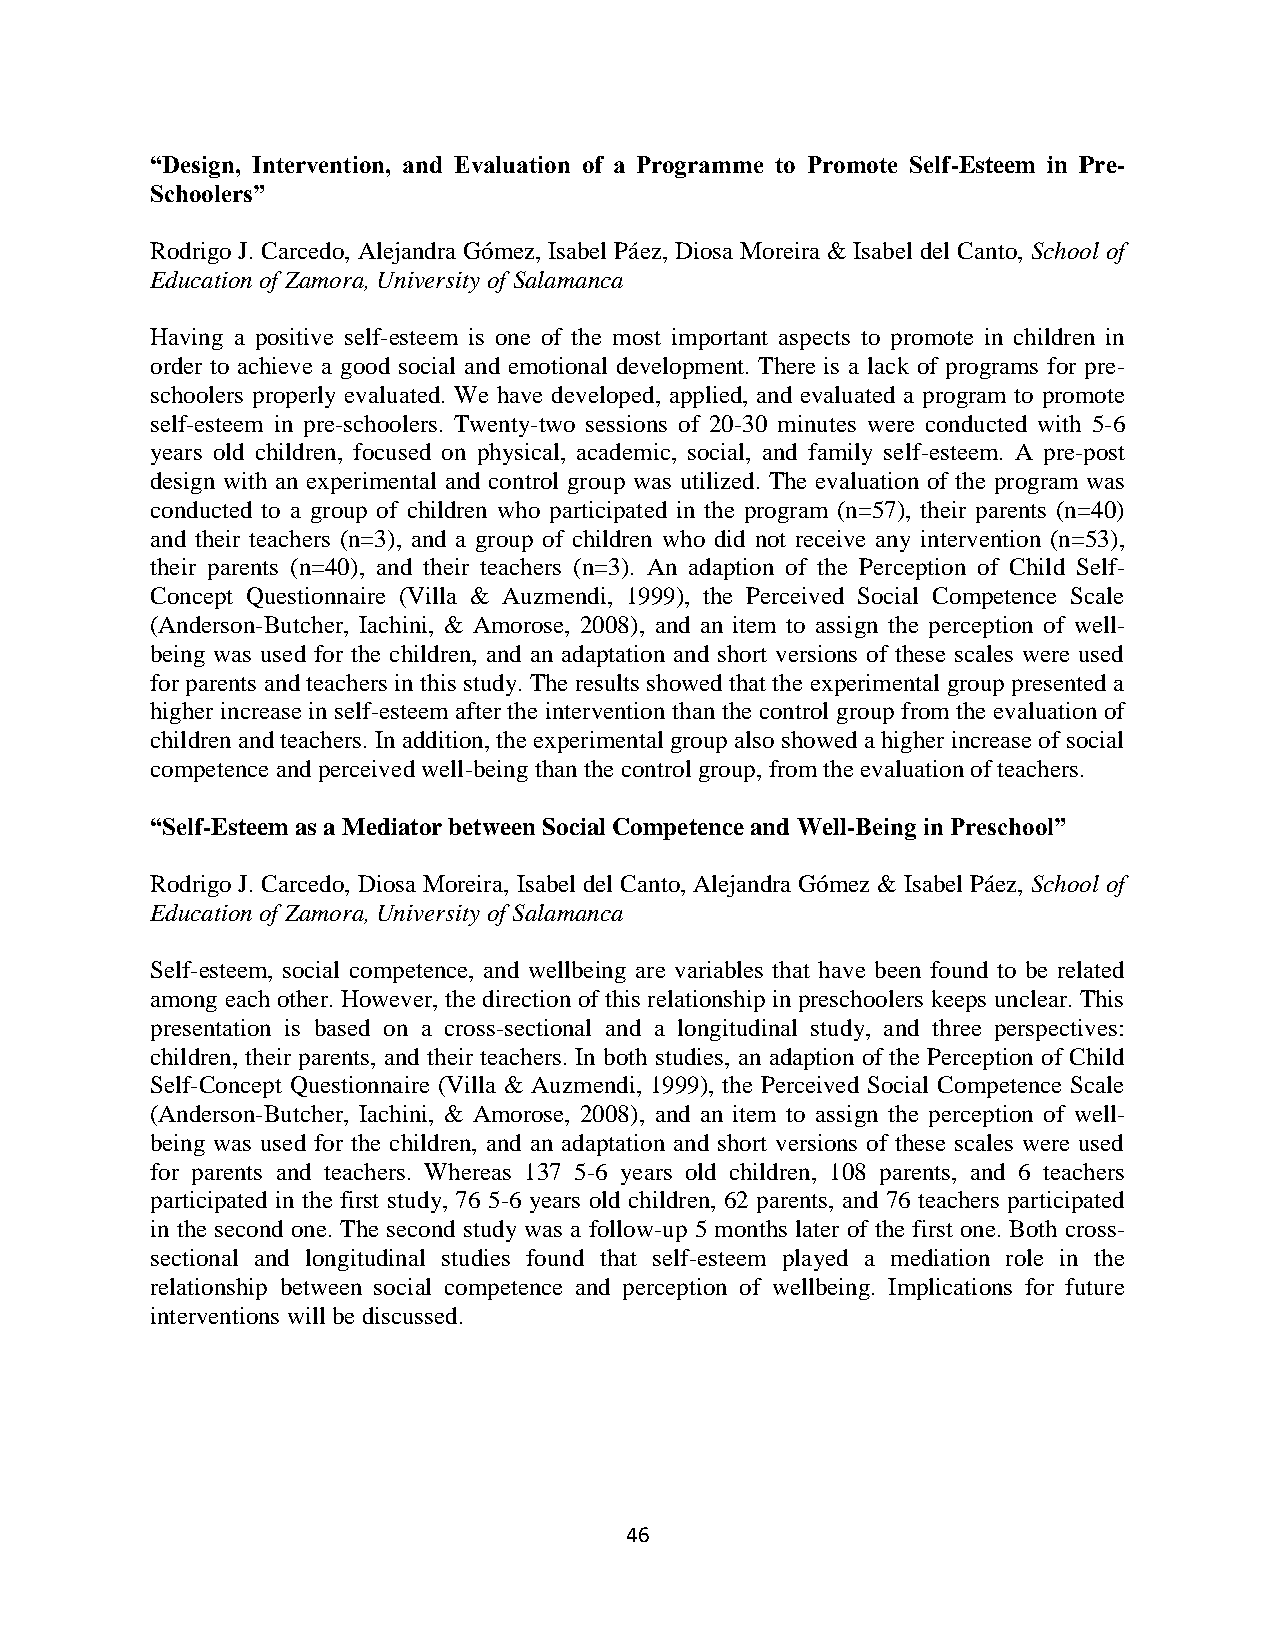
“Design, Intervention, and Evaluation of a Programme to Promote Self-Esteem in Pre-
 Schoolers”
 Rodrigo J. Carcedo, Alejandra Gómez, Isabel Páez, Diosa Moreira & Isabel del Canto, School of
 Education of Zamora, University of Salamanca
 Having a positive self-esteem is one of the most important aspects to promote in children in
 order to achieve a good social and emotional development. There is a lack of programs for pre-
 schoolers properly evaluated. We have developed, applied, and evaluated a program to promote
 self-esteem in pre-schoolers. Twenty-two sessions of 20-30 minutes were conducted with 5-6
 years old children, focused on physical, academic, social, and family self-esteem. A pre-post
 design with an experimental and control group was utilized. The evaluation of the program was
 conducted to a group of children who participated in the program (n=57), their parents (n=40)
 and their teachers (n=3), and a group of children who did not receive any intervention (n=53),
 their parents (n=40), and their teachers (n=3). An adaption of the Perception of Child Self-
 Concept Questionnaire (Villa & Auzmendi, 1999), the Perceived Social Competence Scale
 (Anderson-Butcher, Iachini, & Amorose, 2008), and an item to assign the perception of well-
 being was used for the children, and an adaptation and short versions of these scales were used
 for parents and teachers in this study. The results showed that the experimental group presented a
 higher increase in self-esteem after the intervention than the control group from the evaluation of
 children and teachers. In addition, the experimental group also showed a higher increase of social
 competence and perceived well-being than the control group, from the evaluation of teachers.
 “Self-Esteem as a Mediator between Social Competence and Well-Being in Preschool”
 Rodrigo J. Carcedo, Diosa Moreira, Isabel del Canto, Alejandra Gómez & Isabel Páez, School of
 Education of Zamora, University of Salamanca
 Self-esteem, social competence, and wellbeing are variables that have been found to be related
 among each other. However, the direction of this relationship in preschoolers keeps unclear. This
 presentation is based on a cross-sectional and a longitudinal study, and three perspectives:
 children, their parents, and their teachers. In both studies, an adaption of the Perception of Child
 Self-Concept Questionnaire (Villa & Auzmendi, 1999), the Perceived Social Competence Scale
 (Anderson-Butcher, Iachini, & Amorose, 2008), and an item to assign the perception of well-
 being was used for the children, and an adaptation and short versions of these scales were used
 for parents and teachers. Whereas 137 5-6 years old children, 108 parents, and 6 teachers
 participated in the first study, 76 5-6 years old children, 62 parents, and 76 teachers participated
 in the second one. The second study was a follow-up 5 months later of the first one. Both cross-
 sectional and longitudinal studies found that self-esteem played a mediation role in the
 relationship between social competence and perception of wellbeing. Implications for future
 interventions will be discussed.
 46